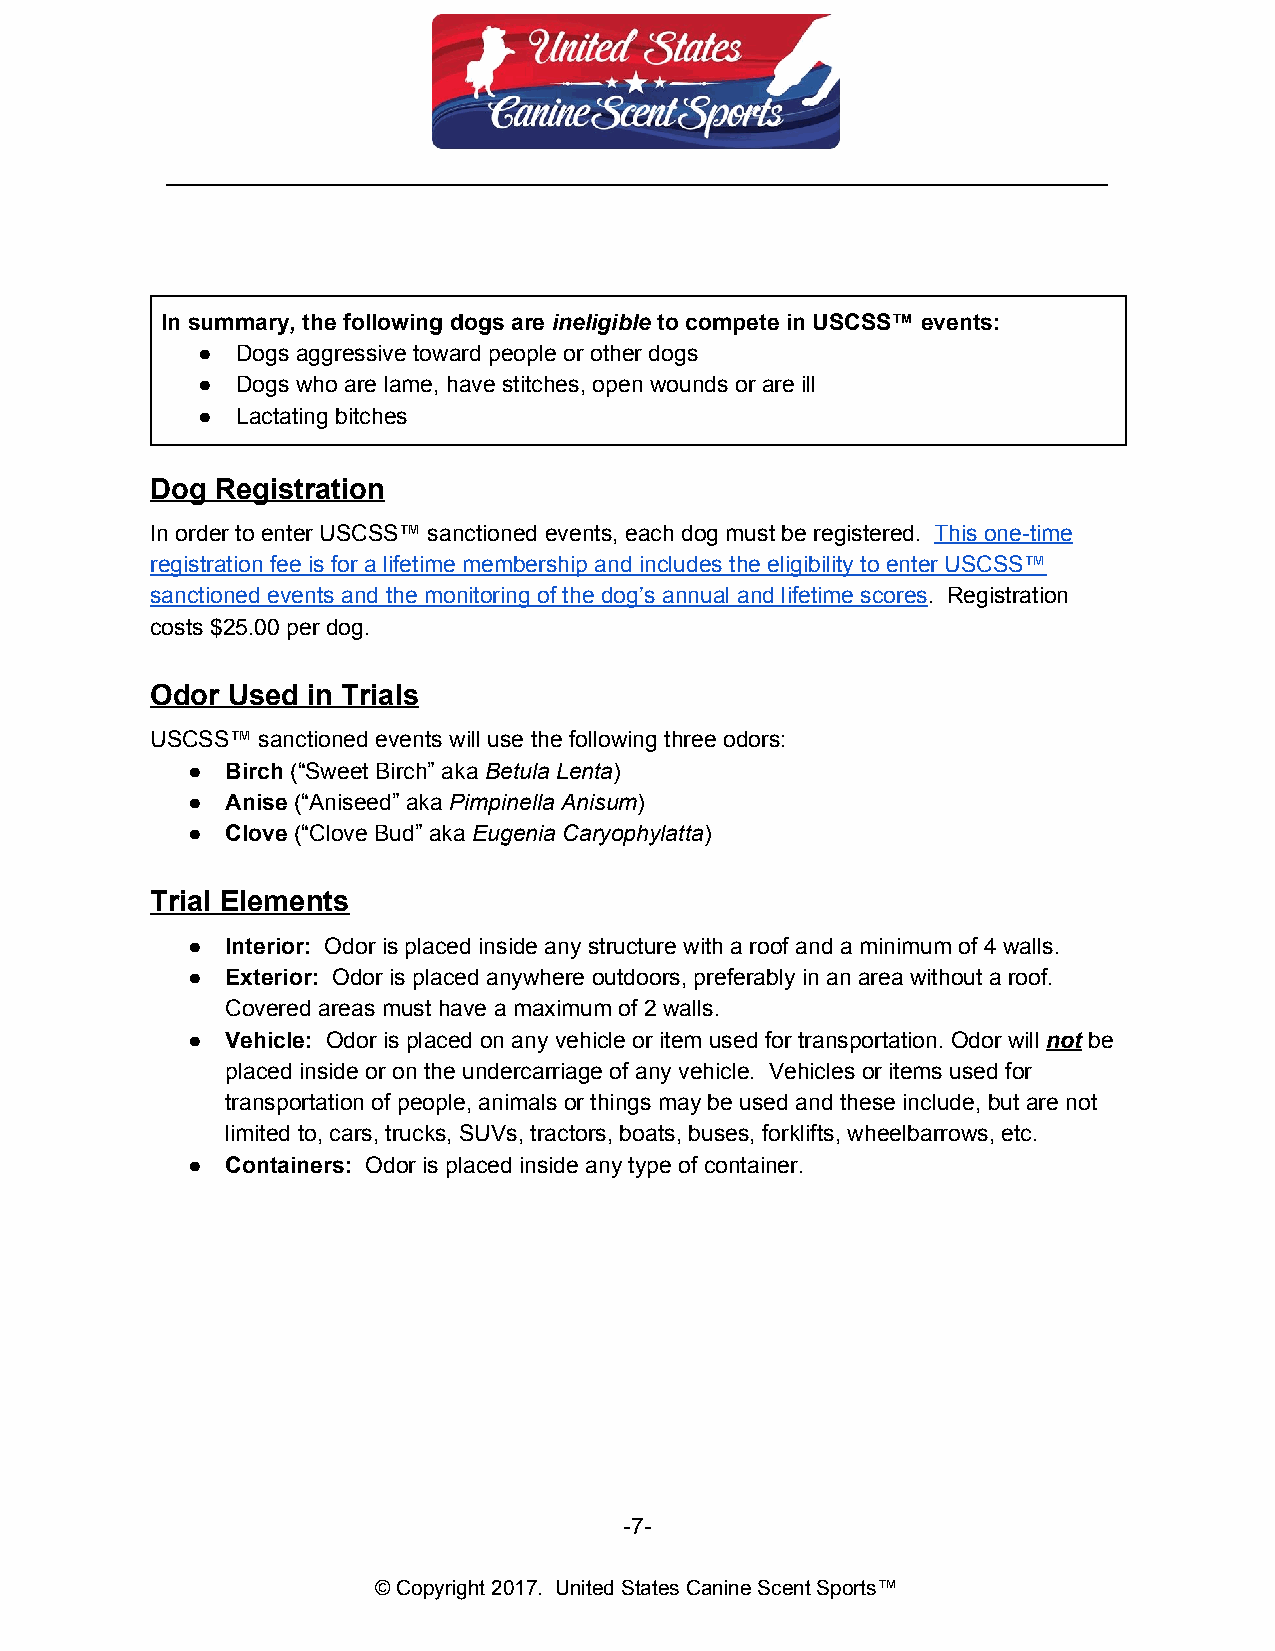
__________________________________________________________________________
 In summary, the following dogs are ineligible to compete in USCSS™ events:
 ​      ​
 ●  Dogs aggressive toward people or other dogs
 ●  Dogs who are lame, have stitches, open wounds or are ill
 ●  Lactating bitches
 Dog Registration
 In order to enter USCSS™ sanctioned events, each dog must be registered. This one-time
 ​
 registration fee is for a lifetime membership and includes the eligibility to enter USCSS™
 sanctioned events and the monitoring of the dog’s annual and lifetime scores. Registration
 ​
 costs $25.00 per dog.
 Odor Used in Trials
 USCSS™ sanctioned events will use the following three odors:
 ●  Birch (“Sweet Birch” aka Betula Lenta)
 ​            ​       ​
 ●  Anise (“Aniseed” aka Pimpinella Anisum)
 ​          ​           ​
 ●  Clove (“Clove Bud” aka Eugenia Caryophylatta)
 ​           ​              ​
 Trial Elements
 ●  Interior: Odor is placed inside any structure with a roof and a minimum of 4 walls.
 ​
 ●  Exterior: Odor is placed anywhere outdoors, preferably in an area without a roof.
 ​
 Covered areas must have a maximum of 2 walls.
 ●  Vehicle: Odor is placed on any vehicle or item used for transportation. Odor will not be
 ​                                              ​ ​
 placed inside or on the undercarriage of any vehicle. Vehicles or items used for
 transportation of people, animals or things may be used and these include, but are not
 limited to, cars, trucks, SUVs, tractors, boats, buses, forklifts, wheelbarrows, etc.
 ●  Containers: Odor is placed inside any type of container.
 ​
 -7-
 © Copyright 2017. United States Canine Scent Sports™